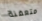
متعفنة